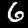
Label: 6